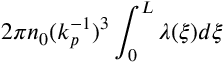
2 \pi n _ { 0 } ( k _ { p } ^ { - 1 } ) ^ { 3 } \int _ { 0 } ^ { L } \lambda ( \xi ) d \xi